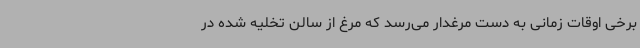
برخی اوقات زمانی به دست مرغدار می‌رسد که مرغ از سالن تخلیه شده در